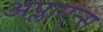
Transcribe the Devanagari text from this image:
अप्लाएन्स